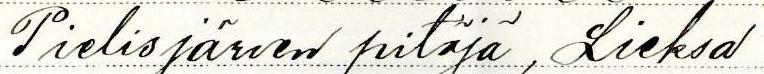
Pielisjärven pitäjä, Lieksa